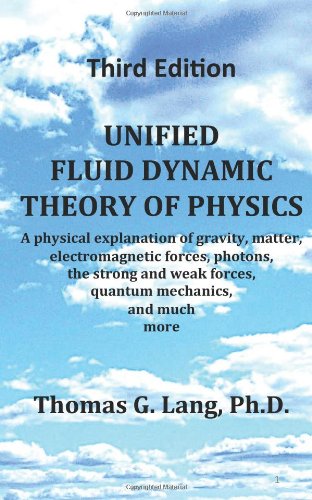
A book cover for Unified Fluid Dynamic Theory of Physics; Third Edition: A physical explanation of gravity, matter, electromagnetic forces, photons, the strong and weak forces, quantum mechanics, and much more; Thomas G. Lang Ph.D.; Science & Math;